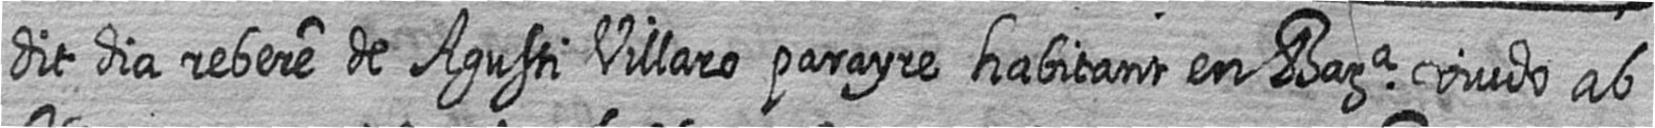
dit dia rebere de Agusti Villaro parayre habitant en Bara viudo ab